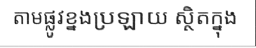
តាមផ្លូវខ្នងប្រឡាយ ស្ថិតក្នុង